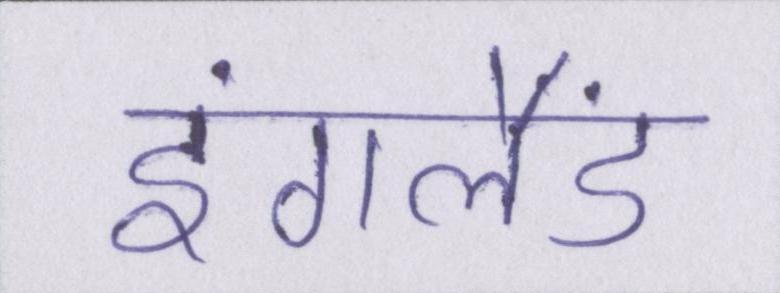
इंगलैंड